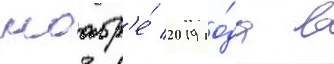
ноабр'е́ 2019 го́да в